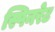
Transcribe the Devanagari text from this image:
स्पिनरेट